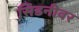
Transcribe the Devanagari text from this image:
सिडनीवर